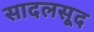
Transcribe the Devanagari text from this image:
सादलसूद